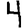
Digit: 4